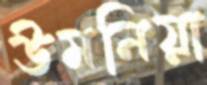
উমনিয়া